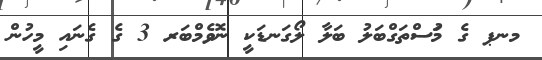
މނޕ ގެ މަުސްތަގްބަލު ބަލާ ލޯގަނޑަކީ ނޮވެމްބަރ 3 ގެ ގެނައި މީހުން